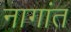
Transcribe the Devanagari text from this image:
नागांत